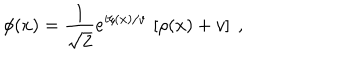
\phi ( x ) = \frac { 1 } { \sqrt { 2 } } e ^ { i \xi ( x ) / v } \, \left[ \rho ( x ) + v \right] \ ,